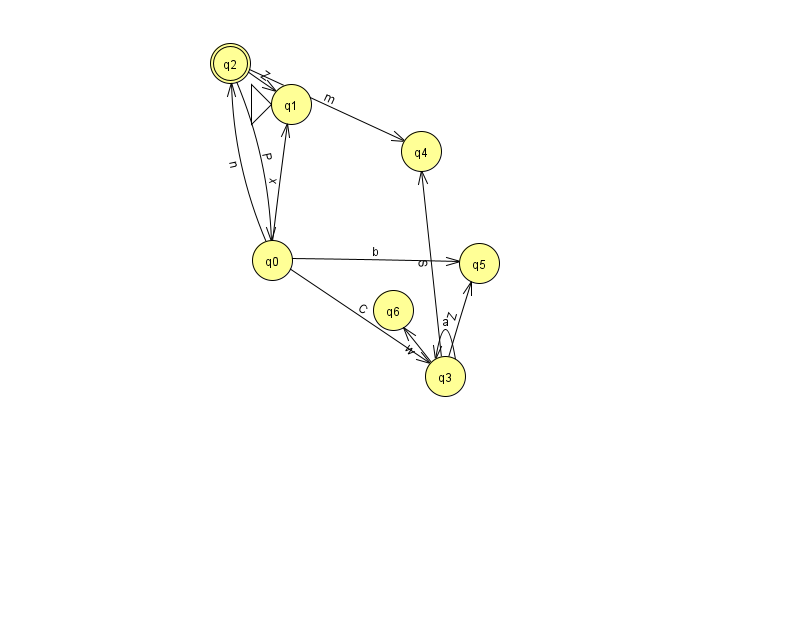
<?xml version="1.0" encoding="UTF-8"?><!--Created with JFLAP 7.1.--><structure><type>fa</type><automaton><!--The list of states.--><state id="0" name="q0"><x>272.0</x><y>247.0</y></state><state id="1" name="q1"><x>291.0</x><y>91.0</y><initial/></state><state id="2" name="q2"><x>230.0</x><y>50.0</y><final/></state><state id="3" name="q3"><x>445.0</x><y>363.0</y></state><state id="4" name="q4"><x>421.0</x><y>138.0</y></state><state id="5" name="q5"><x>479.0</x><y>250.0</y></state><state id="6" name="q6"><x>393.0</x><y>297.0</y></state><!--The list of transitions.--><transition><from>0</from><to>1</to><read>x</read></transition><transition><from>2</from><to>0</to><read>P</read></transition><transition><from>0</from><to>5</to><read>b</read></transition><transition><from>3</from><to>3</to><read>a</read></transition><transition><from>2</from><to>1</to><read>Z</read></transition><transition><from>0</from><to>3</to><read>C</read></transition><transition><from>3</from><to>4</to><read>S</read></transition><transition><from>2</from><to>4</to><read>m</read></transition><transition><from>0</from><to>2</to><read>n</read></transition><transition><from>3</from><to>5</to><read>Z</read></transition><transition><from>3</from><to>6</to><read>w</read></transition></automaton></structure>